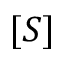
[ S ]